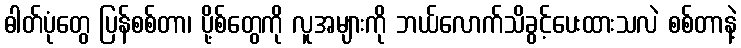
ဓါတ်ပုံတွေ ပြန်စစ်တာ၊ ပို့စ်တွေကို လူအများကို ဘယ်လောက်သိခွင့်ပေးထားသလဲ စစ်တာနဲ့